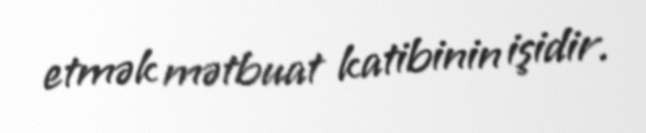
etmək mətbuat katibinin işidir.